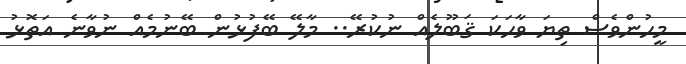
މީހުންވެސް ތިޔަ ވާހަކަ ޤަބޫލެއް ނުކުރޭ.. މާލޭ ބޭފުޅުން ބޭނުމެއް ނުވާނެ އަތޮޅު